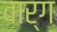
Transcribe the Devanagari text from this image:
वार्ग